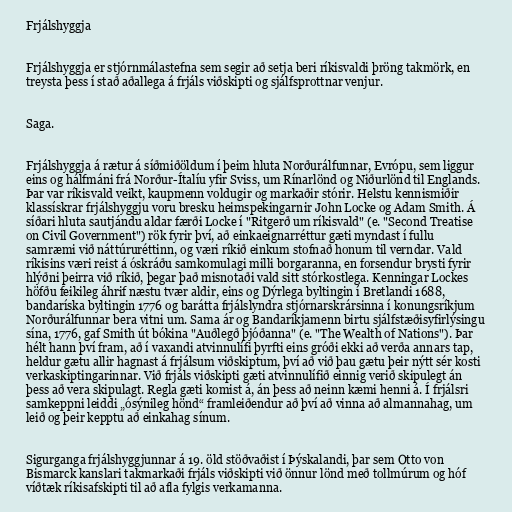
Frjálshyggja

Frjálshyggja er stjórnmálastefna sem segir að setja beri ríkisvaldi þröng takmörk, en
treysta þess í stað aðallega á frjáls viðskipti og sjálfsprottnar venjur.

Saga.

Frjálshyggja á rætur á síðmiðöldum í þeim hluta Norðurálfunnar, Evrópu, sem liggur
eins og hálfmáni frá Norður-Ítalíu yfir Sviss, um Rínarlönd og Niðurlönd til Englands.
Þar var ríkisvald veikt, kaupmenn voldugir og markaðir stórir. Helstu kennismiðir
klassískrar frjálshyggju voru bresku heimspekingarnir John Locke og Adam Smith. Á
síðari hluta sautjándu aldar færði Locke í "Ritgerð um ríkisvald" (e. "Second Treatise
on Civil Government") rök fyrir því, að einkaeignarréttur gæti myndast í fullu
samræmi við náttúruréttinn, og væri ríkið einkum stofnað honum til verndar. Vald
ríkisins væri reist á óskráðu samkomulagi milli borgaranna, en forsendur brysti fyrir
hlýðni þeirra við ríkið, þegar það misnotaði vald sitt stórkostlega. Kenningar Lockes
höfðu feikileg áhrif næstu tvær aldir, eins og Dýrlega byltingin í Bretlandi 1688,
bandaríska byltingin 1776 og barátta frjálslyndra stjórnarskrársinna í konungsríkjum
Norðurálfunnar bera vitni um. Sama ár og Bandaríkjamenn birtu sjálfstæðisyfirlýsingu
sína, 1776, gaf Smith út bókina "Auðlegð þjóðanna" (e. "The Wealth of Nations"). Þar
hélt hann því fram, að í vaxandi atvinnulífi þyrfti eins gróði ekki að verða annars tap,
heldur gætu allir hagnast á frjálsum viðskiptum, því að við þau gætu þeir nýtt sér kosti
verkaskiptingarinnar. Við frjáls viðskipti gæti atvinnulífið einnig verið skipulegt án
þess að vera skipulagt. Regla gæti komist á, án þess að neinn kæmi henni á. Í frjálsri
samkeppni leiddi „ósýnileg hönd“ framleiðendur að því að vinna að almannahag, um
leið og þeir kepptu að einkahag sínum.

Sigurganga frjálshyggjunnar á 19. öld stöðvaðist í Þýskalandi, þar sem Otto von
Bismarck kanslari takmarkaði frjáls viðskipti við önnur lönd með tollmúrum og hóf
víðtæk ríkisafskipti til að afla fylgis verkamanna.